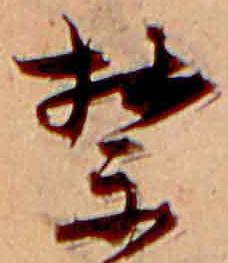
禁